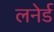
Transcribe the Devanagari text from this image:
लनेर्ड